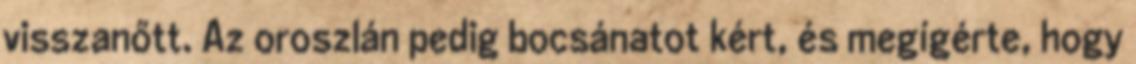
visszanőtt. Az oroszlán pedig bocsánatot kért, és megígérte, hogy